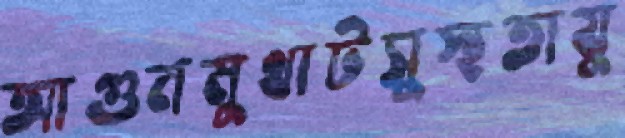
আগুনমুখাটসুস্থতাযু